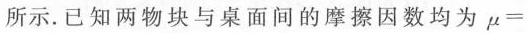
所示。已知两物块与桌面间的摩擦因数均为$$\mu =